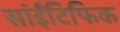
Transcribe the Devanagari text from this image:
सांईंटिफिक